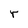
Character: r